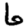
Digit: 6